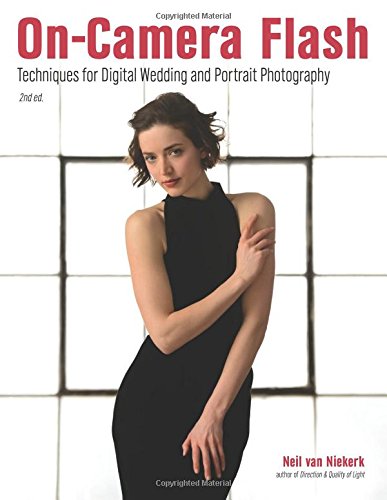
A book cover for On-Camera Flash: Techniques for Digital Wedding and Portrait Photography; Crafts, Hobbies & Home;